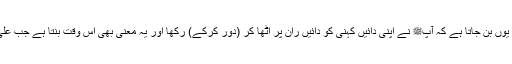
جب اس کو فعل ماضی مان لیا جائے تو اس کا معنی یوں بن جاتا ہے کہ آپﷺ نے اپنی دائیں کہنی کو دائیں ران پر اٹھا کر (دور کرکے) رکھا اور یہ معنی بھی اس وقت بنتا ہے جب علیٰ کو بھی عن کے معنی میں مانا جائے، وگرنہ نہیں۔